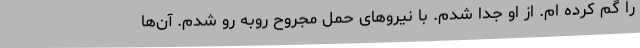
را گم کرده ام. از او جدا شدم. با نیروهای حمل مجروح روبه رو شدم. آن‌ها